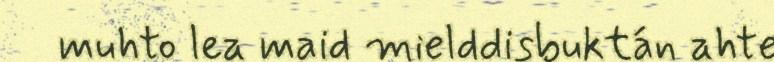
muhto lea maid mielddisbuktán ahte